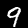
Digit: 9